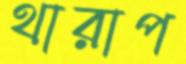
থারাপ